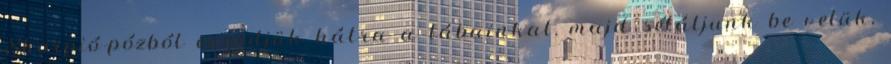
Skorpió-pózból engedjük hátra a lábainkat, majd sétáljunk be velük,